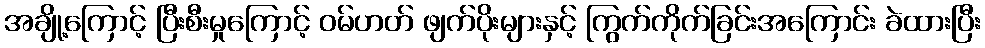
အချို့ကြောင့် ပြီးစီးမှုကြောင့် ဝမ်ဟတ် ဖျက်ပိုးများနှင့် ကြွက်ကိုက်ခြင်းအကြောင်း ခဲထားပြီး